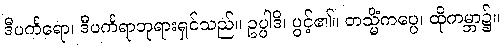
ဒီပင်္ကရော၊ ဒီပင်္ကရာဘုရားရှင်သည်။ ဥပ္ပါဒိ၊ ပွင့်၏။ တသ္မိံကပ္ပေ၊ ထိုကမ္ဘာ၌။